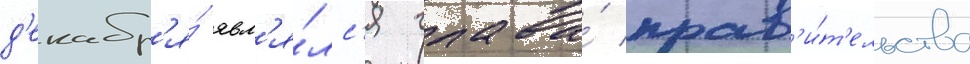
д'екабр'я́ явл'я́лс'я глава́ прав'и́т'ельства